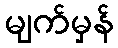
မျက်မှန်